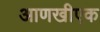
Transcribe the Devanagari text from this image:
आणखीएक